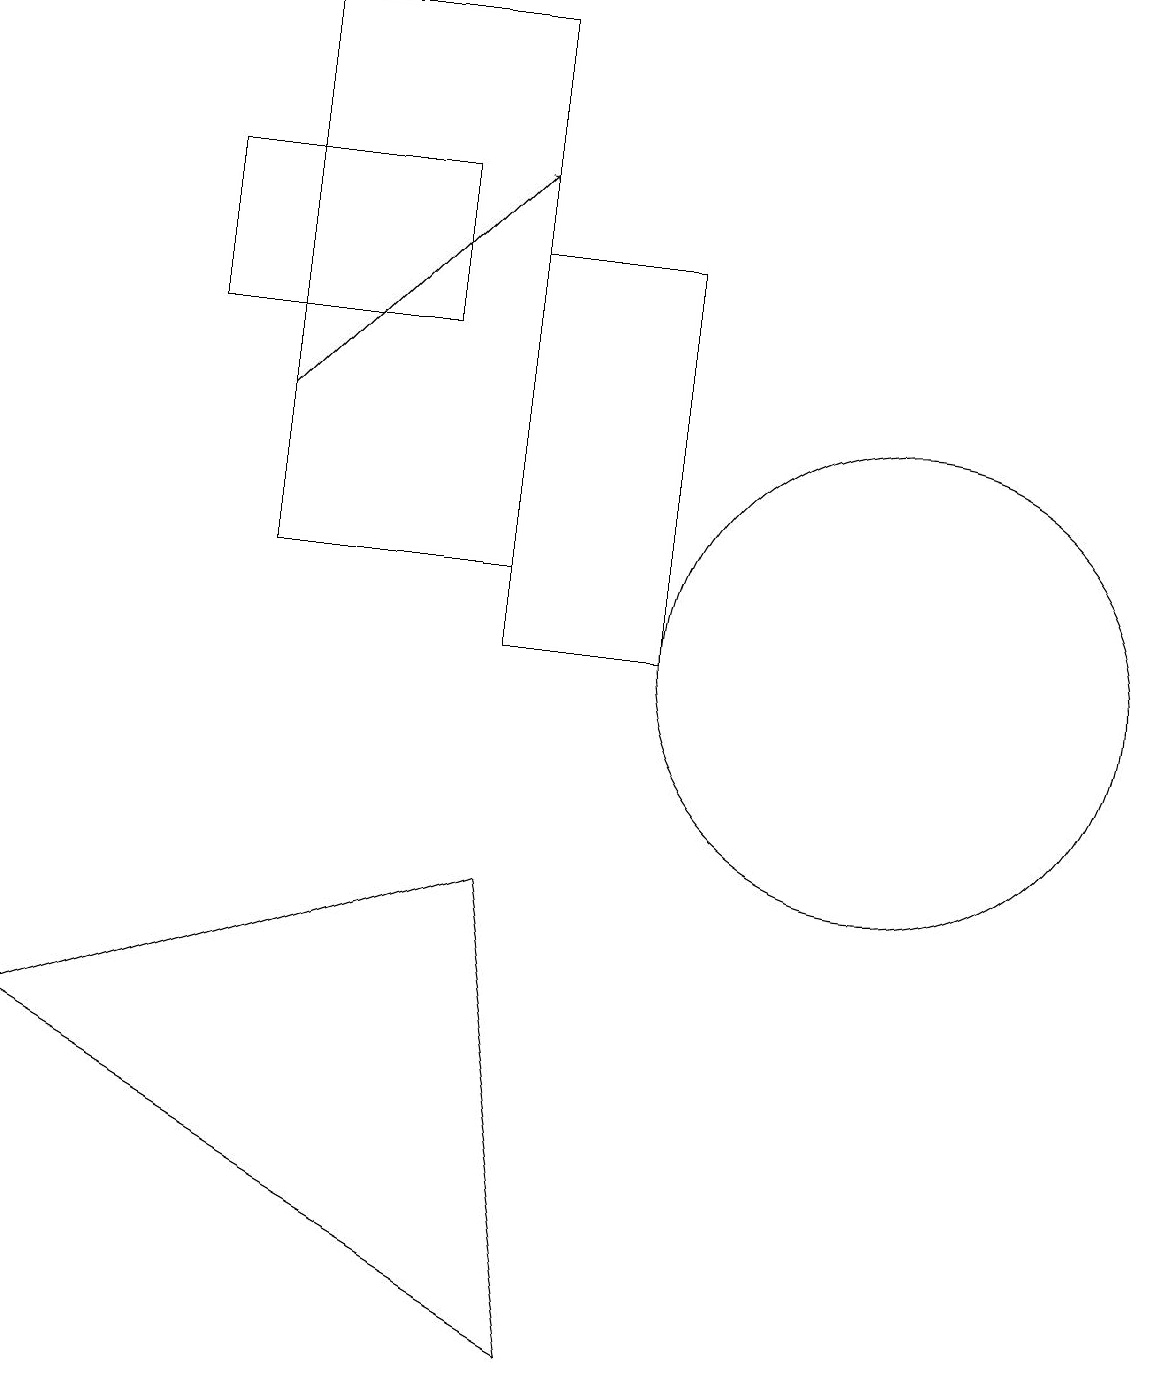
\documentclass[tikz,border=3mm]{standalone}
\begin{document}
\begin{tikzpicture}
\draw (2,16) rectangle (5,14);
\draw[->] (3,13) -- (6,16);
\draw (11,10) circle (3);
\draw (6,7) -- (7,1) -- (0,5) -- cycle;
\draw (3,18) rectangle (6,11);
\draw (8,15) rectangle (6,10);
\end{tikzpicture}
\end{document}